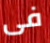
فى